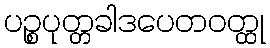
ပဉ္စပုတ္တခါဒပေတဝတ္ထု